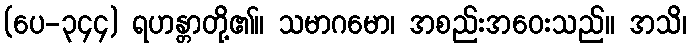
(ပေ-၃၄၄) ရဟန္တာတို့၏။ သမာဂမော၊ အစည်းအဝေးသည်။ အသိ၊